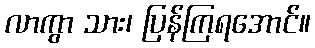
လာကွာ သား၊ ပြန်ကြရအောင်။